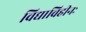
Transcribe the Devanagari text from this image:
विद्याविहीनः